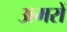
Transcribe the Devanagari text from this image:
अमरों